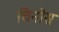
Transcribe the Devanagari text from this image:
चिनोस